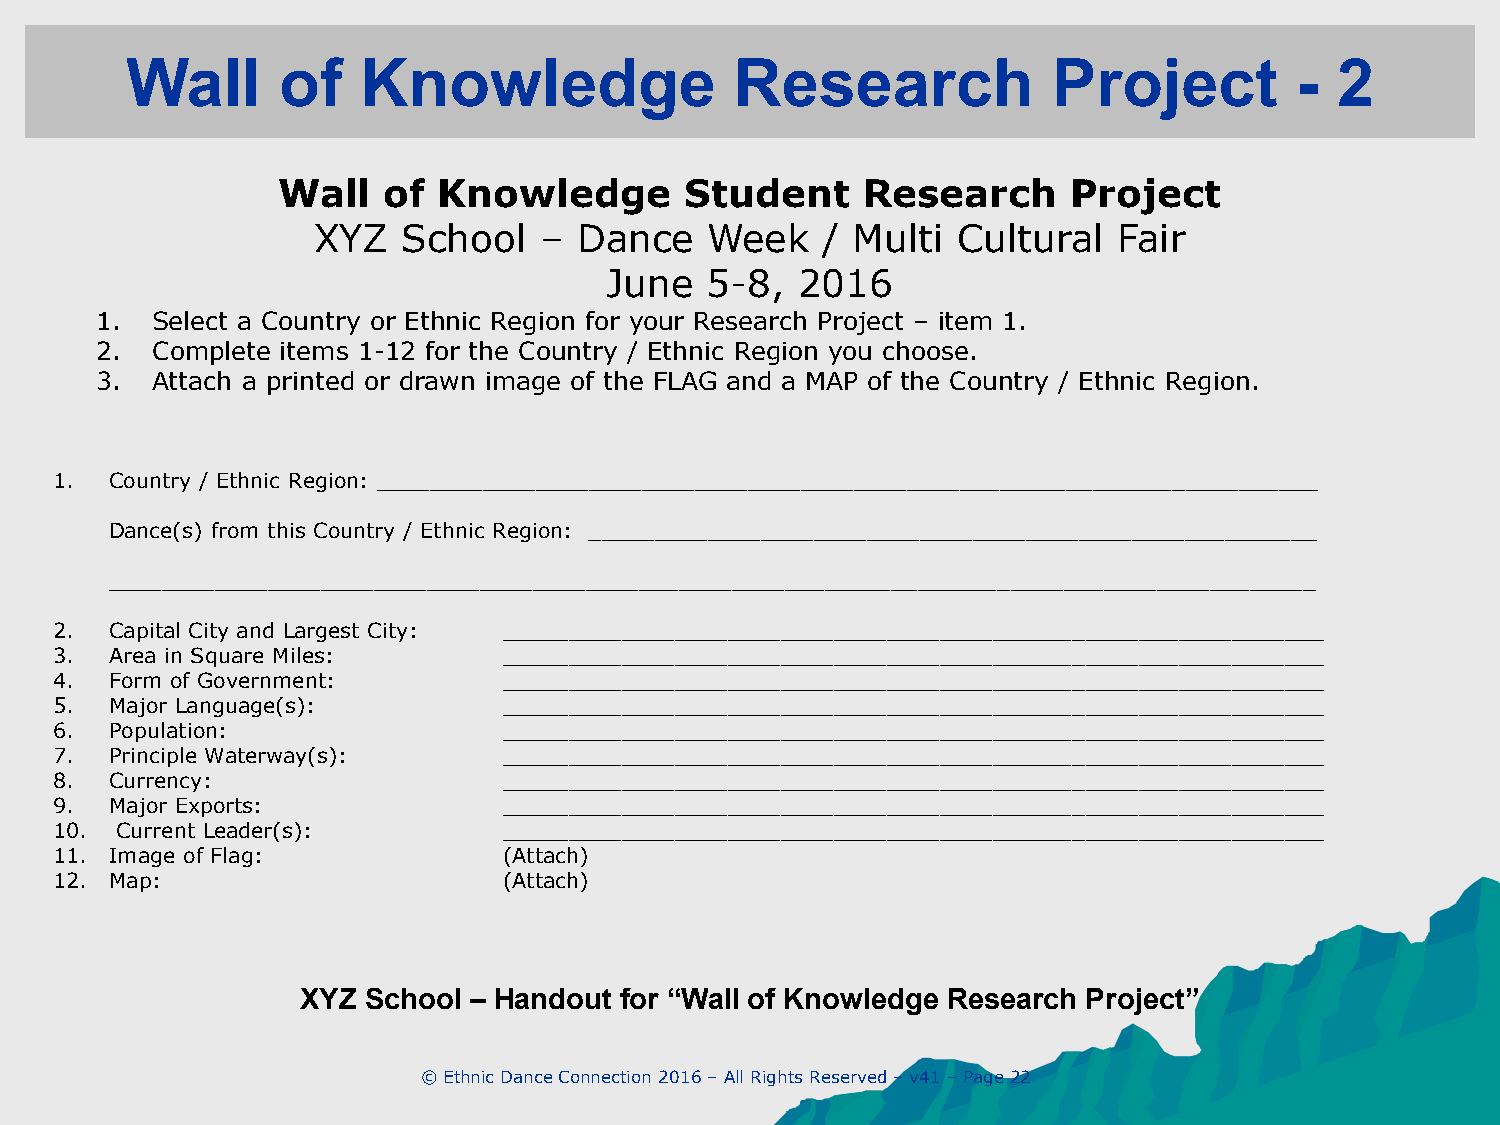
Wall      of    Knowledge                Research             Project         -  2
 Wall   of  Knowledge       Student     Research      Project
 XYZ   School   – Dance    Week   / Multi  Cultural   Fair
 June   5-8,  2016
 1.  Select a Country or Ethnic Region for your Research Project – item 1.
 2.  Complete items 1-12 for the Country / Ethnic Region you choose.
 3.  Attach a printed or drawn image of the FLAG and a MAP of the Country / Ethnic Region.
 1.  Country / Ethnic Region: _______________________________________________________________________
 Dance(s) from this Country / Ethnic Region: _______________________________________________________
 ___________________________________________________________________________________________
 2.  Capital City and Largest City: ______________________________________________________________
 3.  Area in Square Miles:     ______________________________________________________________
 4.  Form of Government:       ______________________________________________________________
 5.  Major Language(s):        ______________________________________________________________
 6.  Population:               ______________________________________________________________
 7.  Principle Waterway(s):    ______________________________________________________________
 8.  Currency:                 ______________________________________________________________
 9.  Major Exports:            ______________________________________________________________
 10.  Current Leader(s):       ______________________________________________________________
 11. Image of Flag:            (Attach)
 12. Map:                      (Attach)
 XYZ School – Handout for “Wall of Knowledge Research Project”
 © Ethnic Dance Connection 2016 – All Rights Reserved – v41 – Page 22